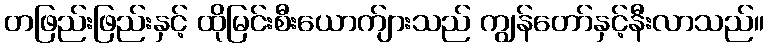
တဖြည်းဖြည်းနှင့် ထိုမြင်းစီးယောက်ျားသည် ကျွန်တော်နှင့်နီးလာသည်။